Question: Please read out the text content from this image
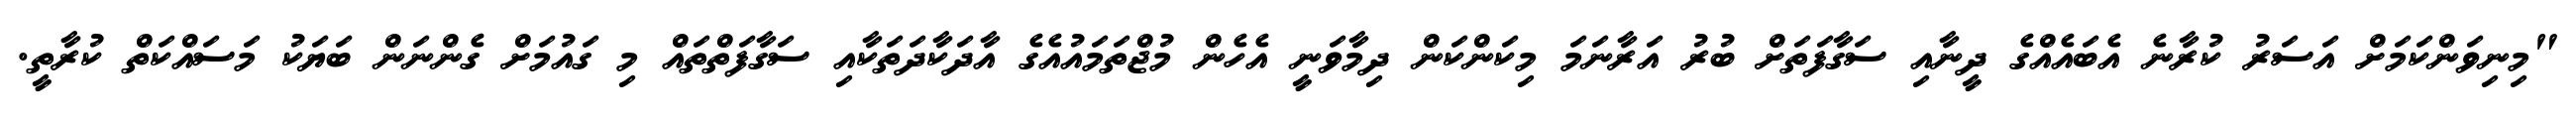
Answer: "މިނިވަންކަމަށް އަސަރު ކުރާނެ އެބައެއްގެ ދީނާއި ސަގާފަތަށް ބުރު އަރާނަމަ މިކަންކަން ދިމާވަނީ އެހެން މުޖްތަމައުއެގެ އާދަކާދަތަކާއި ސަގާފަތްތައް މި ގައުމަށް ގެންނަން ބަޔަކު މަސައްކަތް ކުރާތީ.